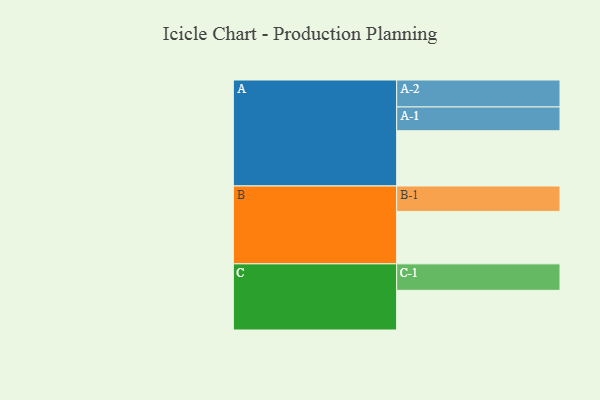
{"axis": {"x": "Segment", "y": "Value"}, "legend": ["", "A", "B", "C"], "data": [{"x": "A", "y": 584, "type": ""}, {"x": "B", "y": 554, "type": ""}, {"x": "C", "y": 419, "type": ""}, {"x": "A-1", "y": 251, "type": "A"}, {"x": "A-2", "y": 285, "type": "A"}, {"x": "B-1", "y": 269, "type": "B"}, {"x": "C-1", "y": 280, "type": "C"}]}